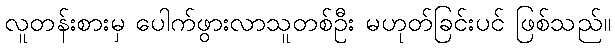
လူတန်းစားမှ ပေါက်ဖွားလာသူတစ်ဦး မဟုတ်ခြင်းပင် ဖြစ်သည်။